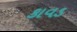
કાવડ